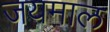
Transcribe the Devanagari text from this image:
जयमाल